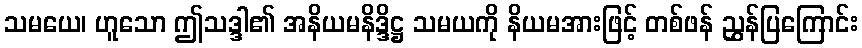
သမယေ၊ ဟူသော ဤသဒ္ဒါ၏ အနိယမနိဒ္ဒိဋ္ဌ သမယကို နိယမအားဖြင့် တစ်ဖန် ညွှန်ပြကြောင်း